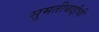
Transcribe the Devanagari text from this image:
सुमतीबाईंची